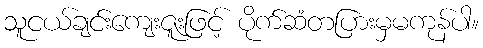
သူငယ်ချင်းကျေးဇူးဖြင့် ပိုက်ဆံတပြားမှမကုန်ပါ။